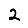
Digit: 2